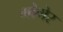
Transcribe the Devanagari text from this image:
मोगेर